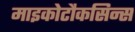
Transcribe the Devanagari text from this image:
माइकोटौकसिन्स